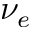
\nu _ { e }